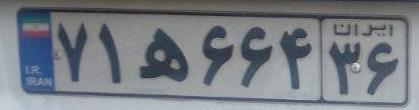
۷۱ه۶۶۴۳۶